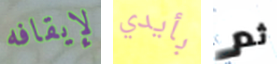
لإيقافه بأيدي ثم